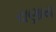
ચણાય